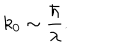
LaTeX: k _ { 0 } \sim { \frac { \hbar } { \lambda } } .